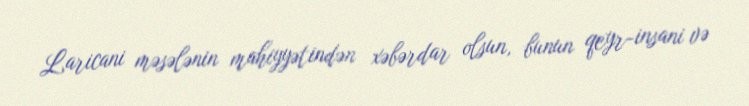
Laricani məsələnin mahiyyətindən xəbərdar olsun, bunun qeyr-insani və